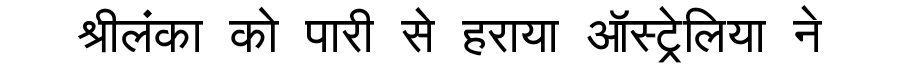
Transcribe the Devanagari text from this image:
श्रीलंका को पारी से हराया ऑस्ट्रेलिया ने